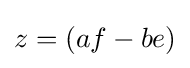
z=(af-be)